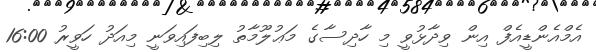
އެމްއެންޑީއެފް އިން ވިދާޅުވީ މި ހާދިސާގެ މަޢުލޫމާތު ލިބިފައިވަނީ މިއަދު ހަވީރު 16:00